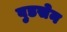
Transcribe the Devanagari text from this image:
वुडसेन